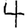
Digit: 4